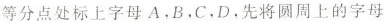
等分点处标上字母A.B，C，D，先将圆周上的字母